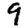
Digit: 9